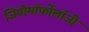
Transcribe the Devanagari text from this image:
जियोमॉर्फोलॉजी